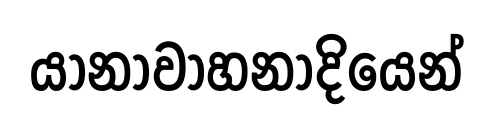
යානාවාහනාදියෙන්